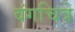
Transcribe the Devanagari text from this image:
वंगचित्रे